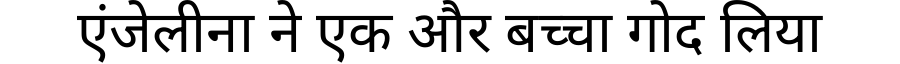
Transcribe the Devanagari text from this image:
एंजेलीना ने एक और बच्चा गोद लिया